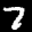
Digit: 7